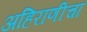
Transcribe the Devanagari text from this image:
अहिराणीचा